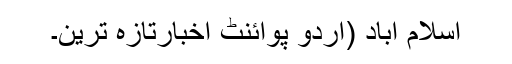
اسلام آباد (اُردو پوائنٹ اخبارتازہ ترین۔